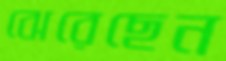
ঝেরেছেন